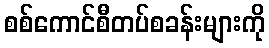
စစ်ကောင်စီတပ်စခန်းများကို